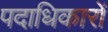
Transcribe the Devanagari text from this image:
पदाधिकारों